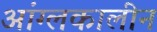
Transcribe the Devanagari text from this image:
आंग्लकालीन